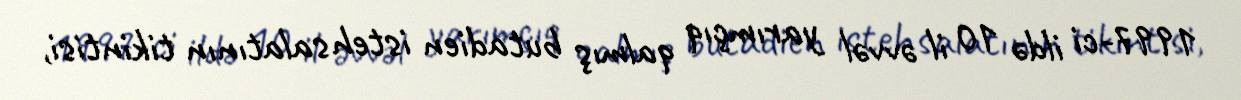
1997-ci ildə 10 il əvvəl yarımçıq qalmış butadien istehsalatının tikintisi,